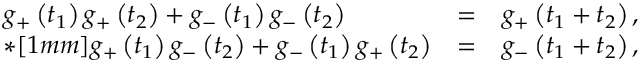
\begin{array} { l l l } { { g _ { + } \left( t _ { 1 } \right) g _ { + } \left( t _ { 2 } \right) + g _ { - } \left( t _ { 1 } \right) g _ { - } \left( t _ { 2 } \right) } } & { { = } } & { { g _ { + } \left( t _ { 1 } + t _ { 2 } \right) , } } \\ { { * [ 1 m m ] g _ { + } \left( t _ { 1 } \right) g _ { - } \left( t _ { 2 } \right) + g _ { - } \left( t _ { 1 } \right) g _ { + } \left( t _ { 2 } \right) } } & { { = } } & { { g _ { - } \left( t _ { 1 } + t _ { 2 } \right) , } } \end{array}